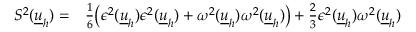
\begin{array} { r l } { S ^ { 2 } ( \underline { { u } } _ { h } ) = } & { { } \frac { 1 } { 6 } \big ( \epsilon ^ { 2 } ( \underline { { u } } _ { h } ) \epsilon ^ { 2 } ( \underline { { u } } _ { h } ) + \omega ^ { 2 } ( \underline { { u } } _ { h } ) \omega ^ { 2 } ( \underline { { u } } _ { h } ) \big ) + \frac { 2 } { 3 } \epsilon ^ { 2 } ( \underline { { u } } _ { h } ) \omega ^ { 2 } ( \underline { { u } } _ { h } ) } \end{array}